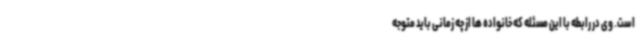
است. وی در رابطه با این مسئله که خانواده ها از چه زمانی باید متوجه